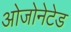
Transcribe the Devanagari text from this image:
ओजोनेटेड